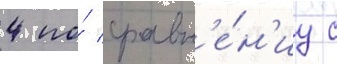
4 по́ сравн'е́н'иу с